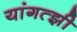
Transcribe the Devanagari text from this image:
यांगत्झी